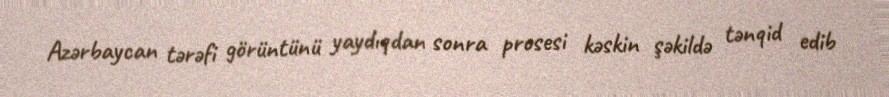
Azərbaycan tərəfi görüntünü yaydıqdan sonra prosesi kəskin şəkildə tənqid edib